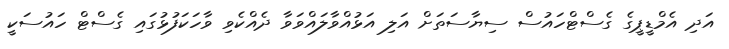
އަދި އެމްޑީޕީގެ ގެސްޓްހައުސް ސިޔާސަތަށް އަލި އަޅުއްވާލައްވަވާ ދެއްކެވި ވާހަކަފުޅުގައި ގެސްޓް ހައުސަކީ